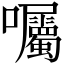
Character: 囑